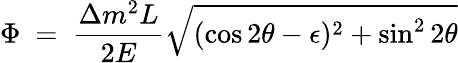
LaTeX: \Phi\ =\ \frac{\Delta m^{2}L}{2E}\sqrt{(\cos 2\theta-\epsilon)^{2}+\sin^{2}2\theta}